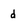
Character: d